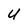
Character: U